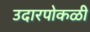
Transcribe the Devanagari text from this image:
उदारपोकळी